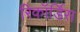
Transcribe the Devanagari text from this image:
रिकॉर्डिस